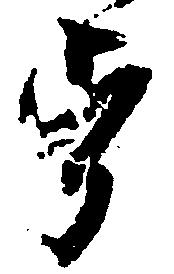
旨